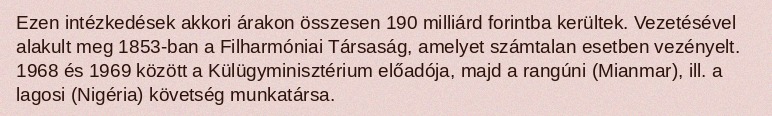
Ezen intézkedések akkori árakon összesen 190 milliárd forintba kerültek. Vezetésével alakult meg 1853-ban a Filharmóniai Társaság, amelyet számtalan esetben vezényelt. 1968 és 1969 között a Külügyminisztérium előadója, majd a rangúni (Mianmar), ill. a lagosi (Nigéria) követség munkatársa.